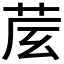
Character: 𦮈